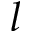
l